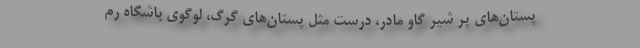
پستان‌های پر شیر گاو مادر، درست مثل پستان‌های گرگ، لوگوی باشگاه رُم